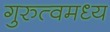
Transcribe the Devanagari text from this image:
गुरुत्वमध्य